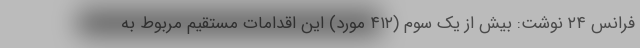
فرانس ۲۴ نوشت: بیش از یک سوم (۴۱۲ مورد) این اقدامات مستقیم مربوط به